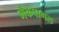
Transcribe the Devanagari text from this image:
मैकपागल